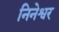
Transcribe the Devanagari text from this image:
निनेश्वर